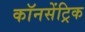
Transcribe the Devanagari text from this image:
कॉनसेंट्रिक